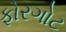
ફોરગોટ